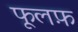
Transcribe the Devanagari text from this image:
फूलफ़